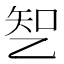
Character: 𰁆